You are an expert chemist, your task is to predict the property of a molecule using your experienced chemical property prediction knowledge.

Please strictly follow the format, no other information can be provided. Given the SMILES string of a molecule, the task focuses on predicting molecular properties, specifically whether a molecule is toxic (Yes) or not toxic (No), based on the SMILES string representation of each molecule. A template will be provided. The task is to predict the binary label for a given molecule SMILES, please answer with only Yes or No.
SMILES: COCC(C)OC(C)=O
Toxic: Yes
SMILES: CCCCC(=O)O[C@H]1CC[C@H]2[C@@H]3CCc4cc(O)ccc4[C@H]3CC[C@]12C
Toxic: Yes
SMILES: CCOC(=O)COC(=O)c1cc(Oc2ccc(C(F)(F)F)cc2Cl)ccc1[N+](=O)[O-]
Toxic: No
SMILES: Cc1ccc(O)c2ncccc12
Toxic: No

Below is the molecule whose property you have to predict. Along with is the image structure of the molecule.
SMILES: CCOP(=S)(OCC)Oc1cc(Cl)c(Br)cc1Cl
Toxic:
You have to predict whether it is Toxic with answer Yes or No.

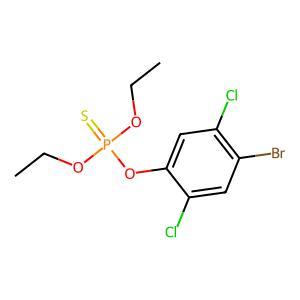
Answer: No